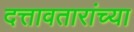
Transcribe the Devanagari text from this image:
दत्तावतारांच्या